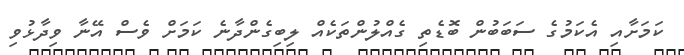
ކަމަށާއި އެކަމުގެ ސަބަބުން ބޮޑެތި ގެއްލުންތަކެއް ލިބިގެންދާނެ ކަމަށް ވެސް އޭނާ ވިދާޅުވި